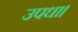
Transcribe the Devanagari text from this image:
उपधा।